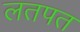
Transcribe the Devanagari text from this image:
लतपत